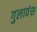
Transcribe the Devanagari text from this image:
गुलावंश